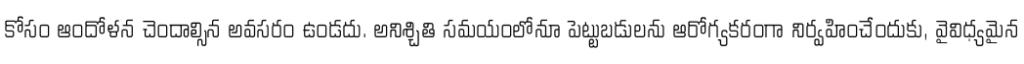
కోసం ఆందోళన చెందాల్సిన అవసరం ఉండదు. అనిశ్చితి సమయంలోనూ పెట్టుబడులను ఆరోగ్యకరంగా నిర్వహించేందుకు, వైవిధ్యమైన